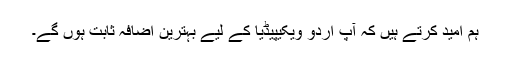
ہم امید کرتے ہیں کہ آپ اُردو ویکیپیڈیا کے لیے بہترین اضافہ ثابت ہوں گے۔